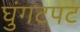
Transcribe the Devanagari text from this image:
घुंगटपट